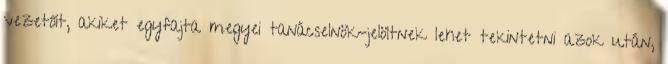
vezetőit, akiket egyfajta megyei tanácselnök-jelöltnek lehet tekintetni azok után,